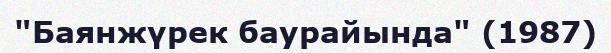
"Баянжүрек баурайында" (1987)